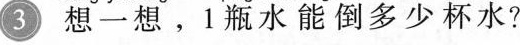
3想一想，1瓶水能倒多少杯 水?